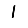
Digit: 1